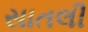
સાતલી